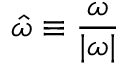
\boldsymbol { \hat { \omega } } \equiv \frac { \boldsymbol { \omega } } { | \boldsymbol { \omega } | }